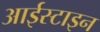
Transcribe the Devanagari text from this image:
आईस्टाइन